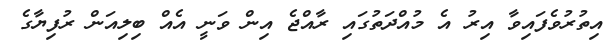
އިތުރުވެފައިވާ އިރު އެ މުއްދަތުގައި ރާއްޖެ އިން ވަނީ އެއް ބިލިއަން ރުފިޔާގެ